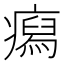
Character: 𤺎